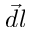
\vec { d l }